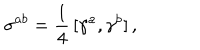
LaTeX: \sigma ^ { a b } = \frac { 1 } { 4 } \, [ \gamma ^ { a } , \gamma ^ { b } ] \, { , }